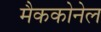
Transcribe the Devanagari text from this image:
मैककोनेल